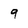
Character: 9